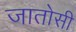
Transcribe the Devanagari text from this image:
जातोसी